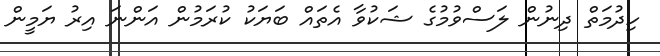
ހިދުމަތް ދިނުން ލަސްވުމުގެ ޝަކުވާ އެތައް ބަޔަކު ކުރަމުން އަންނަ އިރު ޔަމީން